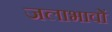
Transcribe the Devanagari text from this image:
जलाभावों